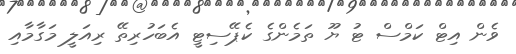
ވެން އިޓް ކަމްސް ޓު ޔޫ ތަމެންގެ ކެޕޭސިޓީ އެބަހުރިތޭ ރިއަލީ މަގާމާއި